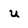
Character: u